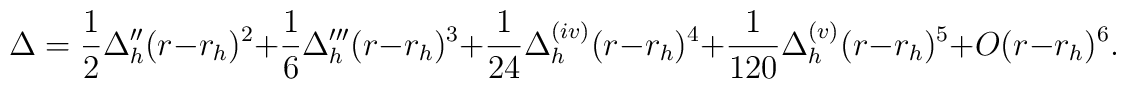
\Delta = \frac {1}{2} \Delta _{h}'' (r-r_{h})^{2}+\frac {1}{6} \Delta _{h}'''(r-r_{h}) ^{3}+\frac {1}{24} \Delta _{h}^{(iv)} (r-r_{h})^{4}+\frac {1}{120} \Delta _{h}^{(v)} (r-r_{h})^{5}+O(r-r_{h})^{6}.